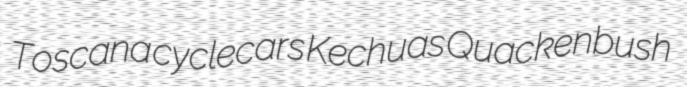
Toscana cyclecars Kechuas Quackenbush